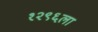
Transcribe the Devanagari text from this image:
१२९६ला